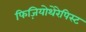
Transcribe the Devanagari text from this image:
फिज़ियोथेरेपिस्ट